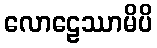
လောဠေဿာမိပိ